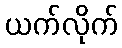
ယက်လိုက်